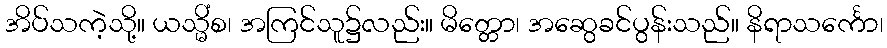
အိပ်သကဲ့သို့။ ယသ္မိံစ၊ အကြင်သူ၌လည်း။ မိတ္တော၊ အဆွေခင်ပွန်းသည်။ နိရာသင်္ကော၊